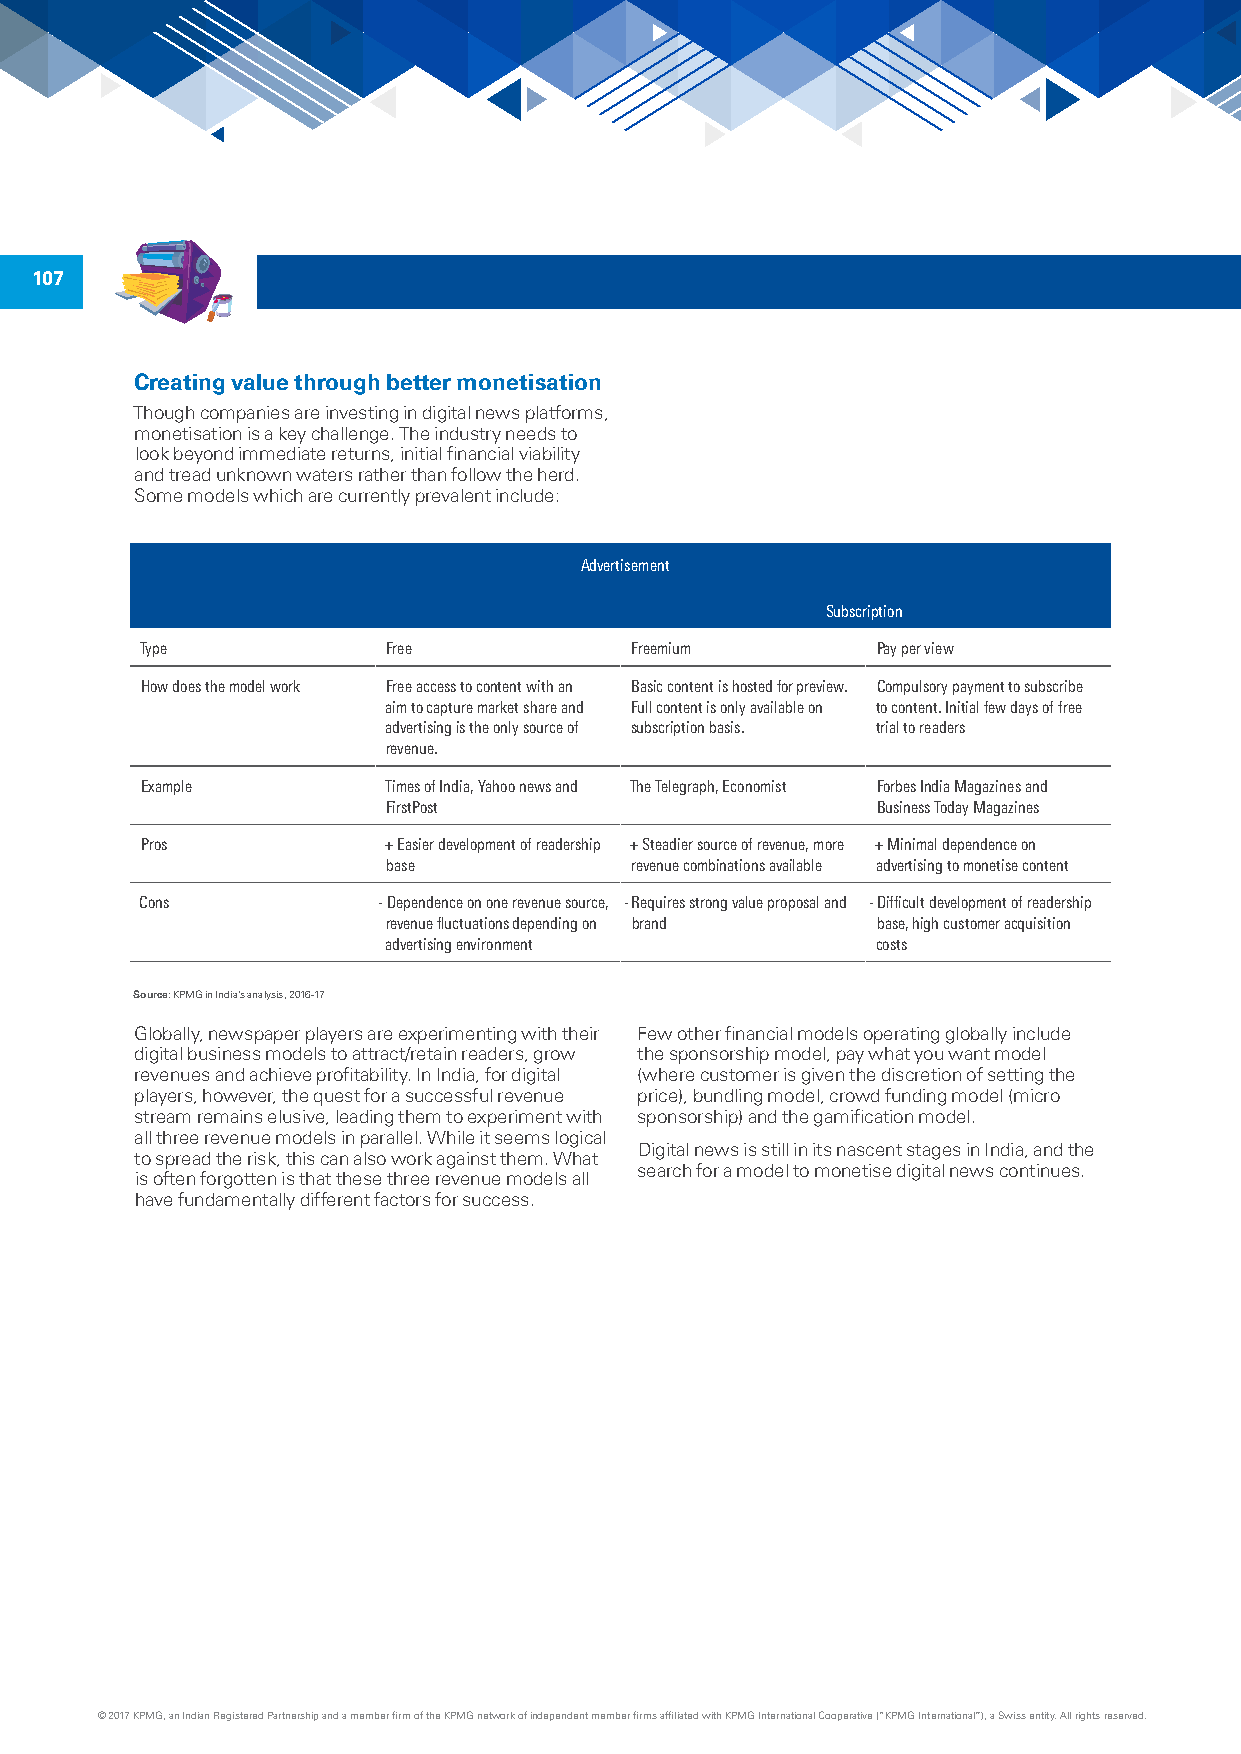
107
 Creating value through better monetisation
 Though companies are investing in digital news platforms,
 monetisation is a key challenge. The industry needs to
 look beyond immediate returns, initial financial viability
 and tread unknown waters rather than follow the herd.
 Some models which are currently prevalent include:
 Advertisement
 Subscription
 Type             Free            Freemium        Pay per view
 How does the model work Free access to content with an Basic content is hosted for preview. Compulsory payment to subscribe
 aim to capture market share and Full content is only available on to content. Initial few days of free
 advertising is the only source of subscription basis. trial to readers
 revenue.
 Example         Times of India, Yahoo news and The Telegraph, Economist Forbes India Magazines and
 FirstPost                       Business Today Magazines
 Pros            + Easier development of readership + Steadier source of revenue, more + Minimal dependence on
 base            revenue combinations available advertising to monetise content
 Cons            - Dependence on one revenue source, - Requires strong value proposal and - Difficult development of readership
 revenue fluctuations depending on brand base, high customer acquisition
 advertising environment          costs
 Source: KPMG in India’s analysis, 2016-17
 Globally, newspaper players are experimenting with their Few other financial models operating globally include
 digital business models to attract/retain readers, grow the sponsorship model, pay what you want model
 revenues and achieve profitability. In India, for digital (where customer is given the discretion of setting the
 players, however, the quest for a successful revenue price), bundling model, crowd funding model (micro
 stream remains elusive, leading them to experiment with sponsorship) and the gamification model.
 all three revenue models in parallel. While it seems logical
 Digital news is still in its nascent stages in India, and the
 to spread the risk, this can also work against them. What
 search for a model to monetise digital news continues.
 is often forgotten is that these three revenue models all
 have fundamentally different factors for success.
 © 2017 KPMG, an Indian Registered Partnership and a member firm of the KPMG network of independent member firms affiliated with KPMG International Cooperative (“KPMG International”), a Swiss entity. All rights reserved.